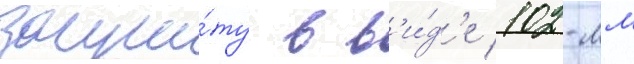
защи́ту в в'и́д'е 102-мм